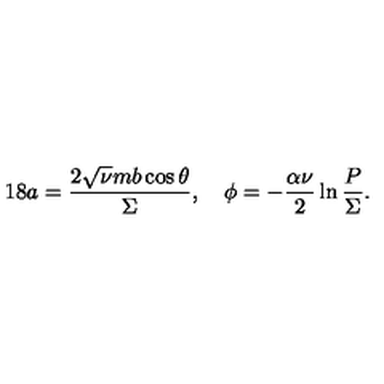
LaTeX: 1 8 a = \frac { 2 \sqrt { \nu } m b \cos \theta } { \Sigma } , \quad \phi = - \frac { \alpha \nu } { 2 } \ln \frac { P } { \Sigma } .